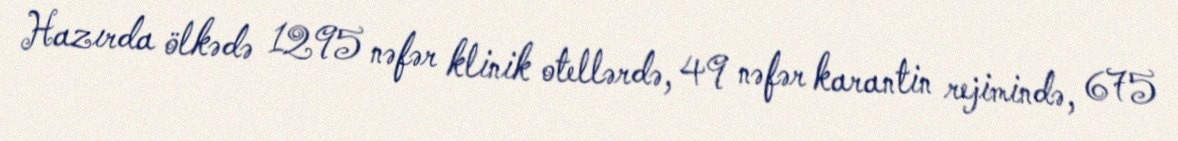
Hazırda ölkədə 1295 nəfər klinik otellərdə, 49 nəfər karantin rejimində, 675